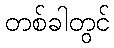
တစ်ခါတွင်